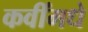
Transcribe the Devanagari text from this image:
कवींमधे